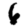
Digit: 6